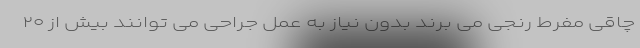
چاقی مفرط رنجی می برند بدون نیاز به عمل جراحی می توانند بیش از ۲۰